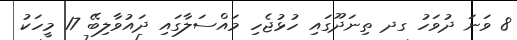
8 ވަނަ ދުވަހު ގދ ތިނަދޫގައި ހުޅުޖެހި މައްސަލާގައި ދައުވާލިބޭ 17 މީހަކު